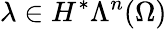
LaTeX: \lambda\in H^{\ast}\Lambda^{n}(\Omega)